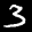
Label: 3